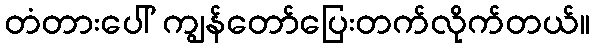
တံတားပေါ် ကျွန်တော်ပြေးတက်လိုက်တယ်။